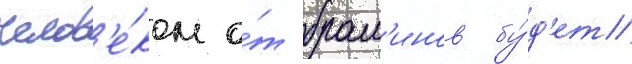
челов'е́ком о́т брам'инов бу́д'ет